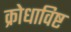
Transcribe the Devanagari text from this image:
क्रोधाविष्ट